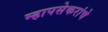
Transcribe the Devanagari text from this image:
म्हापसेकरांचे